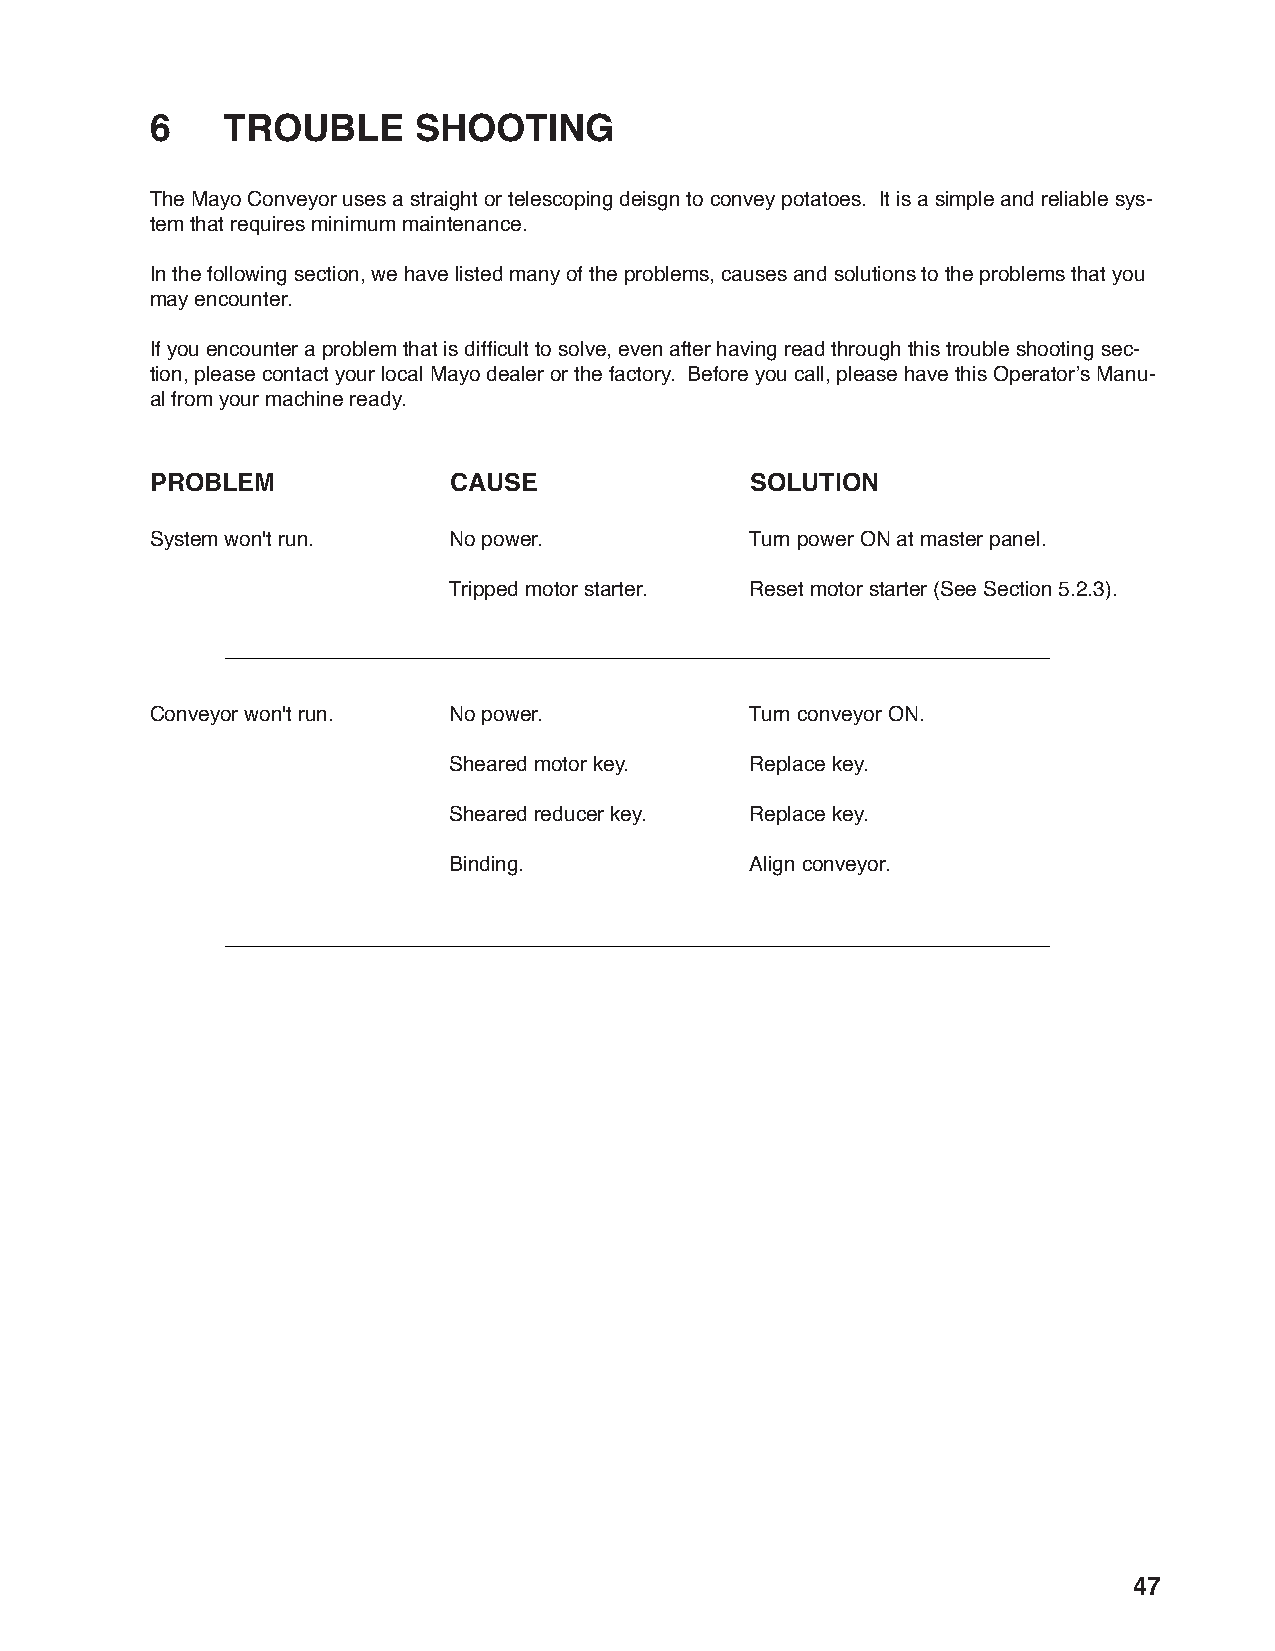
6    TROUBLE     SHOOTING
 The Mayo Conveyor uses a straight or telescoping deisgn to convey potatoes. It is a simple and reliable sys-
 tem that requires minimum maintenance.
 In the following section, we have listed many of the problems, causes and solutions to the problems that you
 may encounter.
 If you encounter a problem that is diffi cult to solve, even after having read through this trouble shooting sec-
 tion, please contact your local Mayo dealer or the factory. Before you call, please have this Operator’s Manu-
 al from your machine ready.
 PROBLEM             CAUSE               SOLUTION
 System won't run.   No power.           Turn power ON at master panel.
 Tripped motor starter. Reset motor starter (See Section 5.2.3).
 Conveyor won't run. No power.           Turn conveyor ON.
 Sheared motor key.  Replace key.
 Sheared reducer key. Replace key.
 Binding.            Align conveyor.
 47